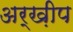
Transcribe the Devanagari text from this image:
अर्ख़ीप